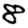
Digit: 8